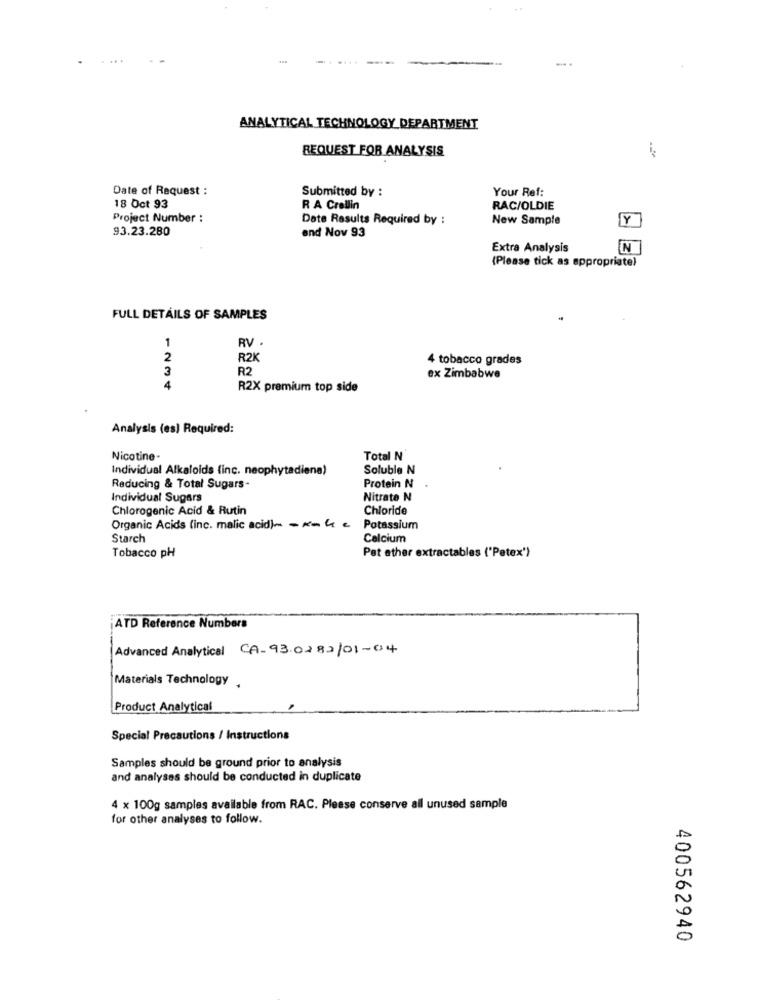
ANALYTICAL TECHNOLOGY DEPARTMENT
REQUEST FOR ANALYSIS
-
Date of Request :
Submitted by :
Your Ref:
18 Oct 93
R A Crallin
RAC/OLDIE
Project Number :
Date Results Required by :
New Sample
Y
93.23.280
and Nov 93
Extra Analysis
IN
(Please tick as appropriate)
FULL DETAILS OF SAMPLES
RV .
1
2
R2K
4 tobacco grades
3
R2
ex Zimbabwe
4
R2X premium top side
Analysis (es) Required:
Nicotine-
Total N
Individual Alkaloids (inc. neophytadiena)
Soluble N
Reducing & Total Sugars-
Protein N .
Individual Sugars
Nitrate N
Chlorogenic Acid & Rutin
Chloride
Organic Acids (inc. malic acid)- - K-4 c
Potassium
Starch
Calcium
Tobacco pH
Pet ether extractables ('Petex')
ATD Reference Numbers
Advanced Analytical CA-93.0282/01-04
Materials Technology .
Product Analytical
Special Precautions / Instructions
Samples should be ground prior to analysis
and analyses should be conducted in duplicate
4 x 100g samples available from RAC. Please conserve all unused sample
for other analyses to follow.
400562940